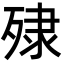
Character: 殔